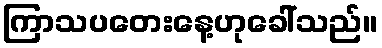
ကြာသပတေးနေ့ဟုခေါ်သည်။